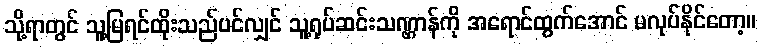
သို့ရာတွင် သူ့မြရင်ထိုးသည်ပင်လျှင် သူ့ရုပ်ဆင်းသဏ္ဌာန်ကို အရောင်ထွက်အောင် မလုပ်နိုင်တော့။